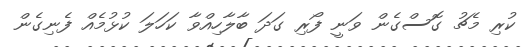
ކުރި މެޗު ގޮސްގެން ވަނީ ފޯރި ގަދަ ބާލާހިއްވާ ކަހަލަ ކުޅުމެއް ފެނިގެން